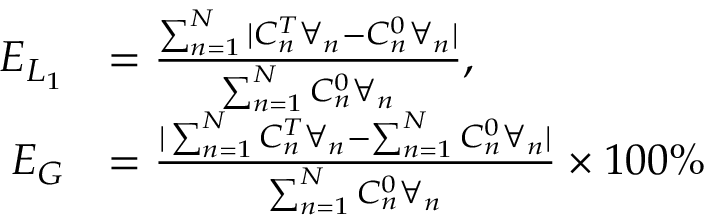
\begin{array} { r l } { E _ { L _ { 1 } } } & { = \frac { \sum _ { n = 1 } ^ { N } | C _ { n } ^ { T } \forall _ { n } - C _ { n } ^ { 0 } \forall _ { n } | } { \sum _ { n = 1 } ^ { N } C _ { n } ^ { 0 } \forall _ { n } } , } \\ { E _ { G } } & { = \frac { | \sum _ { n = 1 } ^ { N } C _ { n } ^ { T } \forall _ { n } - \sum _ { n = 1 } ^ { N } C _ { n } ^ { 0 } \forall _ { n } | } { \sum _ { n = 1 } ^ { N } C _ { n } ^ { 0 } \forall _ { n } } \times 1 0 0 \% } \end{array}